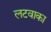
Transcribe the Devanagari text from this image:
लटवाका